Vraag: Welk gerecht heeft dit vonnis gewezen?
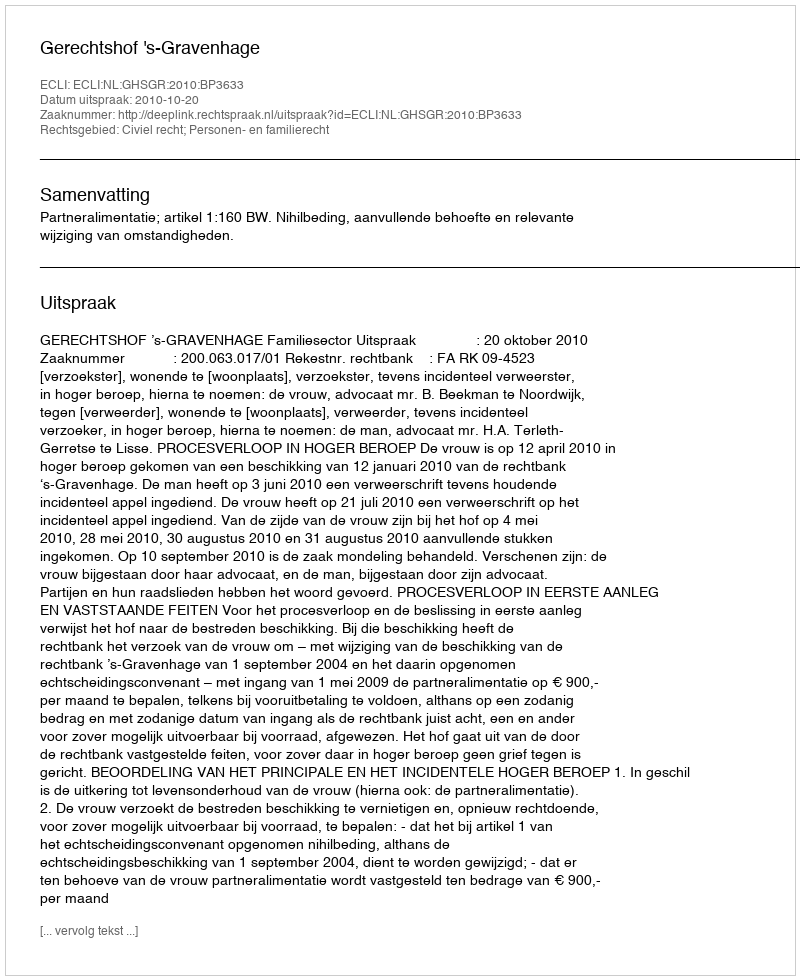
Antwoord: Gerechtshof 's-Gravenhage